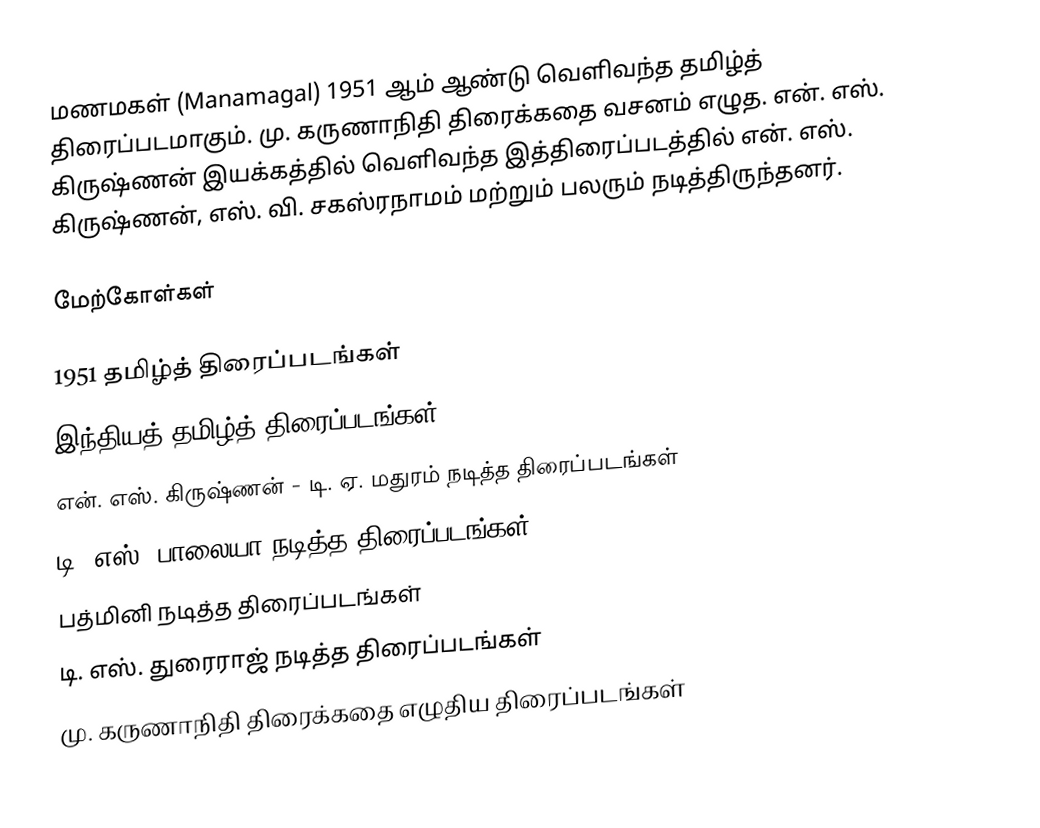
மணமகள் (Manamagal) 1951 ஆம் ஆண்டு வெளிவந்த தமிழ்த் திரைப்படமாகும். மு. கருணாநிதி திரைக்கதை வசனம் எழுத.  என். எஸ். கிருஷ்ணன் இயக்கத்தில் வெளிவந்த இத்திரைப்படத்தில் என். எஸ். கிருஷ்ணன், எஸ். வி. சகஸ்ரநாமம் மற்றும் பலரும் நடித்திருந்தனர்.

மேற்கோள்கள்

1951 தமிழ்த் திரைப்படங்கள்
இந்தியத் தமிழ்த் திரைப்படங்கள்
என். எஸ். கிருஷ்ணன் - டி. ஏ. மதுரம் நடித்த திரைப்படங்கள்
டி. எஸ். பாலையா நடித்த திரைப்படங்கள்
பத்மினி நடித்த திரைப்படங்கள்
டி. எஸ். துரைராஜ் நடித்த திரைப்படங்கள்
மு. கருணாநிதி திரைக்கதை எழுதிய திரைப்படங்கள்